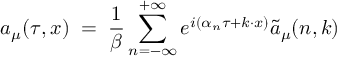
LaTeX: a _ { \mu } ( \tau , x ) \; = \; \frac { 1 } { \beta } \sum _ { n = - \infty } ^ { + \infty } e ^ { i ( \alpha _ { n } \tau + k \cdot x ) } { \tilde { a } } _ { \mu } ( n , k )